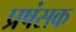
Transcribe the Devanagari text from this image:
प्रषंसक